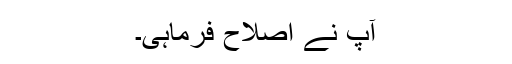
آپ نے اصلاح فرماہی۔